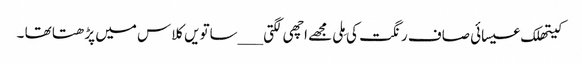
کیتھلک عیسائی صاف رنگت کی مِلی مجھے اچھی لگتی ___ساتویں کلاس میں پڑھتا تھا ۔